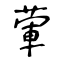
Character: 葷